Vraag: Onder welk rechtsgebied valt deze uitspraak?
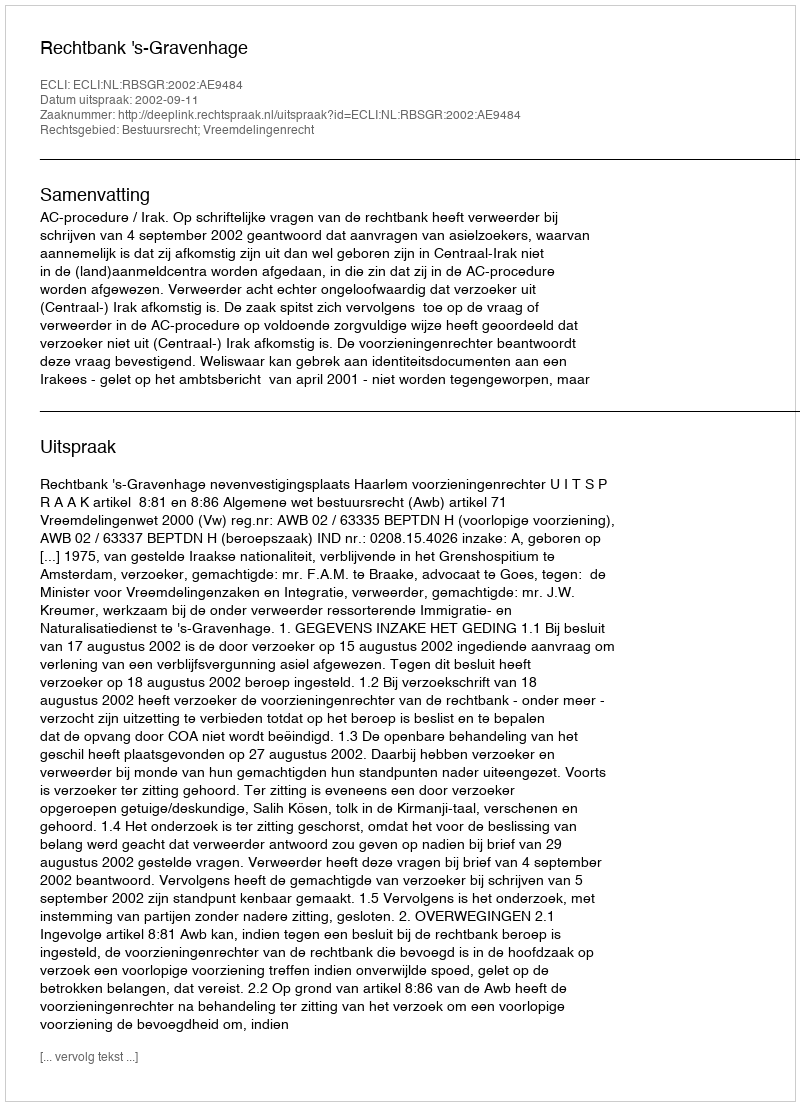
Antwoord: Bestuursrecht; Vreemdelingenrecht